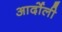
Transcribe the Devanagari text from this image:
आर्दोली